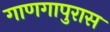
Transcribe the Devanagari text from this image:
गाणगापुरास